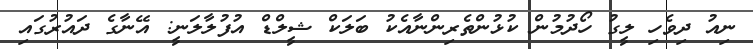
ނިއު ދިވެހި ލީގު ހޯދުމުން ކުޅުންތެރިންނާއެކު ބަލަކް ޝީލްޑް އުފުލާލަނީ: އޭނާގެ ދައުރުގައި